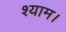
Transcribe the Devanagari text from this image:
श्याम।